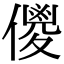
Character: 儍